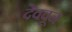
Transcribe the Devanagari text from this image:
देववून